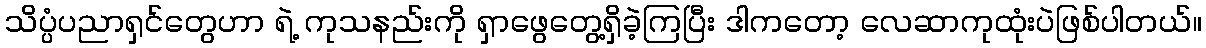
သိပ္ပံပညာရှင်တွေဟာ ရဲ့ ကုသနည်းကို ရှာဖွေတွေ့ရှိခဲ့ကြပြီး ဒါကတော့ လေဆာကုထုံးပဲဖြစ်ပါတယ်။